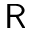
\mathsf { R }